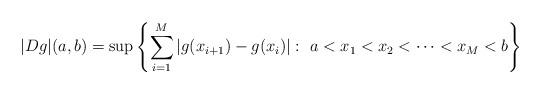
LaTeX: \begin{align*} |Dg| (a,b) = \sup \left\{ \sum_{i=1}^{M} | g(x_{i+1}) - g(x_{i}) |: \ a<x_{1} < x_{2} < \cdots < x_{M} <b \right\}\end{align*}